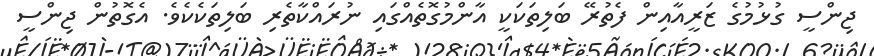
ޖިންސީ ގުޅުމުގެ ޒަރީއާއިން ފެތުރޭ ބަލިތަކަކީ އާންމުގޮތެއްގައި ނުރައްކާތެރި ބަލިތަކެކެވެ. އެގޮތުން ޖިންސީ